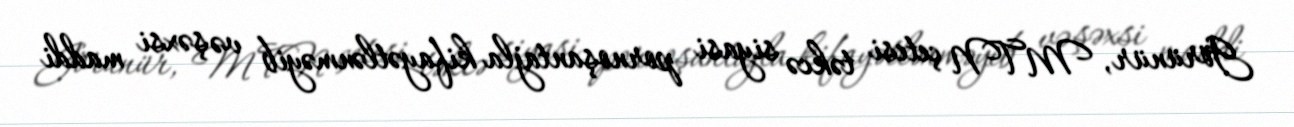
Görünür, MTN çetesi təkcə siyasi pornoşantajla kifayətlənməyib və şəxsi maddi